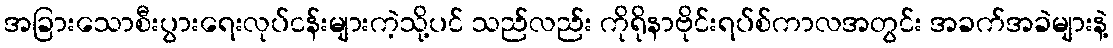
အခြားသောစီးပွားရေးလုပ်ငန်းများကဲ့သို့ပင် သည်လည်း ကိုရိုနာဗိုင်းရပ်စ်ကာလအတွင်း အခက်အခဲများနဲ့